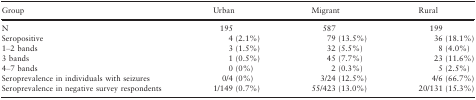
| Group | Urban | Migrant | Rural |
 | --- | --- | --- | --- |
 | N | 195 | 587 | 199 |
 | Seropositive | 4 (2.1%) | 79 (13.5%) | 36 (18.1%) |
 | 1–2 bands | 3 (1.5%) | 32 (5.5%) | 8 (4.0%) |
 | 3 bands | 1 (0.5%) | 45 (7.7%) | 23 (11.6%) |
 | 4–7 bands | 0 (0%) | 2 (0.3%) | 5 (2.5%) |
 | Seroprevalence in individuals with seizures | 0/4 (0%) | 3/24 (12.5%) | 4/6 (66.7%) |
 | Seroprevalence in negative survey respondents | 1/149 (0.7%) | 55/423 (13.0%) | 20/131 (15.3%) |